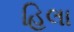
હિલા